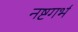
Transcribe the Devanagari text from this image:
नष्टगर्भ